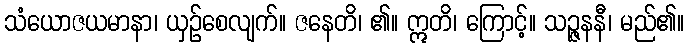
သံယောဇယမာနာ၊ ယှဉ်စေလျက်။ ဇနေတိ၊ ၏။ ဣတိ၊ ကြောင့်။ သဉ္ဇနနီ၊ မည်၏။